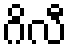
ဂိလီ